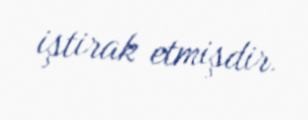
iştirak etmişdir.